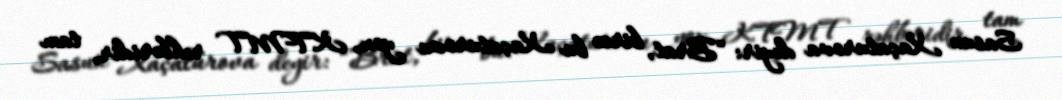
Sasun Xaçaturova deyir: “Brat, bircə bu Xaçaturovu yox, KTMT rəhbəridir, tam